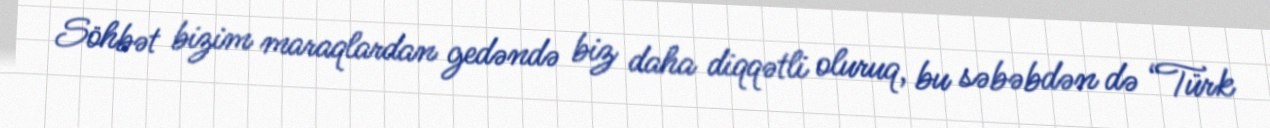
Söhbət bizim maraqlardan gedəndə biz daha diqqətli oluruq, bu səbəbdən də “Türk